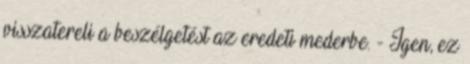
visszatereli a beszélgetést az eredeti mederbe. - Igen, ez